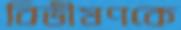
বিভীষণকে